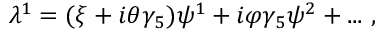
\lambda ^ { 1 } = ( \xi + i \theta \gamma _ { 5 } ) \psi ^ { 1 } + i \varphi \gamma _ { 5 } \psi ^ { 2 } + . . . \ , \,